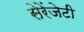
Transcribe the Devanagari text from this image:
सेरेंजेटी